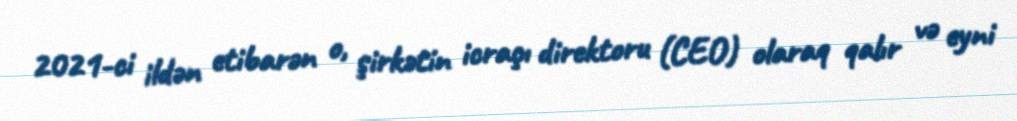
2021-ci ildən etibarən o, şirkətin icraçı direktoru (CEO) olaraq qalır və eyni